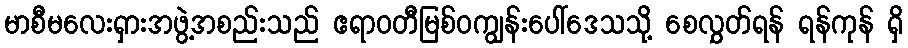
မာစီမလေးရှားအဖွဲ့အစည်းသည် ဧရာဝတီမြစ်ဝကျွန်းပေါ်ဒေသသို့ စေလွှတ်ရန် ရန်ကုန် ရှိ